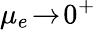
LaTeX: \mu_{e}\! \to\! 0^{+}